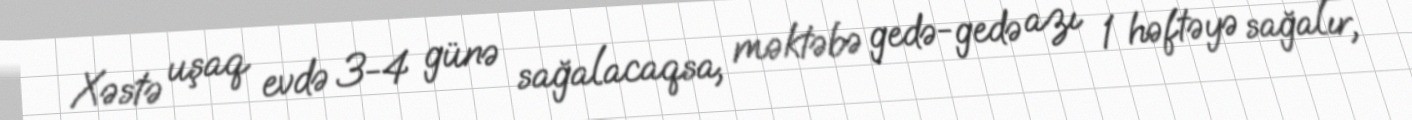
Xəstə uşaq evdə 3-4 günə sağalacaqsa, məktəbə gedə-gedə azı 1 həftəyə sağalır,